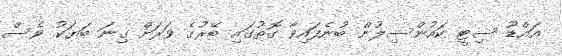
އައްޑޫ ސިޓީ ކައުންސިލުން ބުނެފައިވާ ގޮތުގައި ބޭރުގެ ވަރަށް ގިނަ ބަޔަކު ވެސް